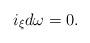
LaTeX: \begin{align*}i_\xi d\omega=0.\end{align*}